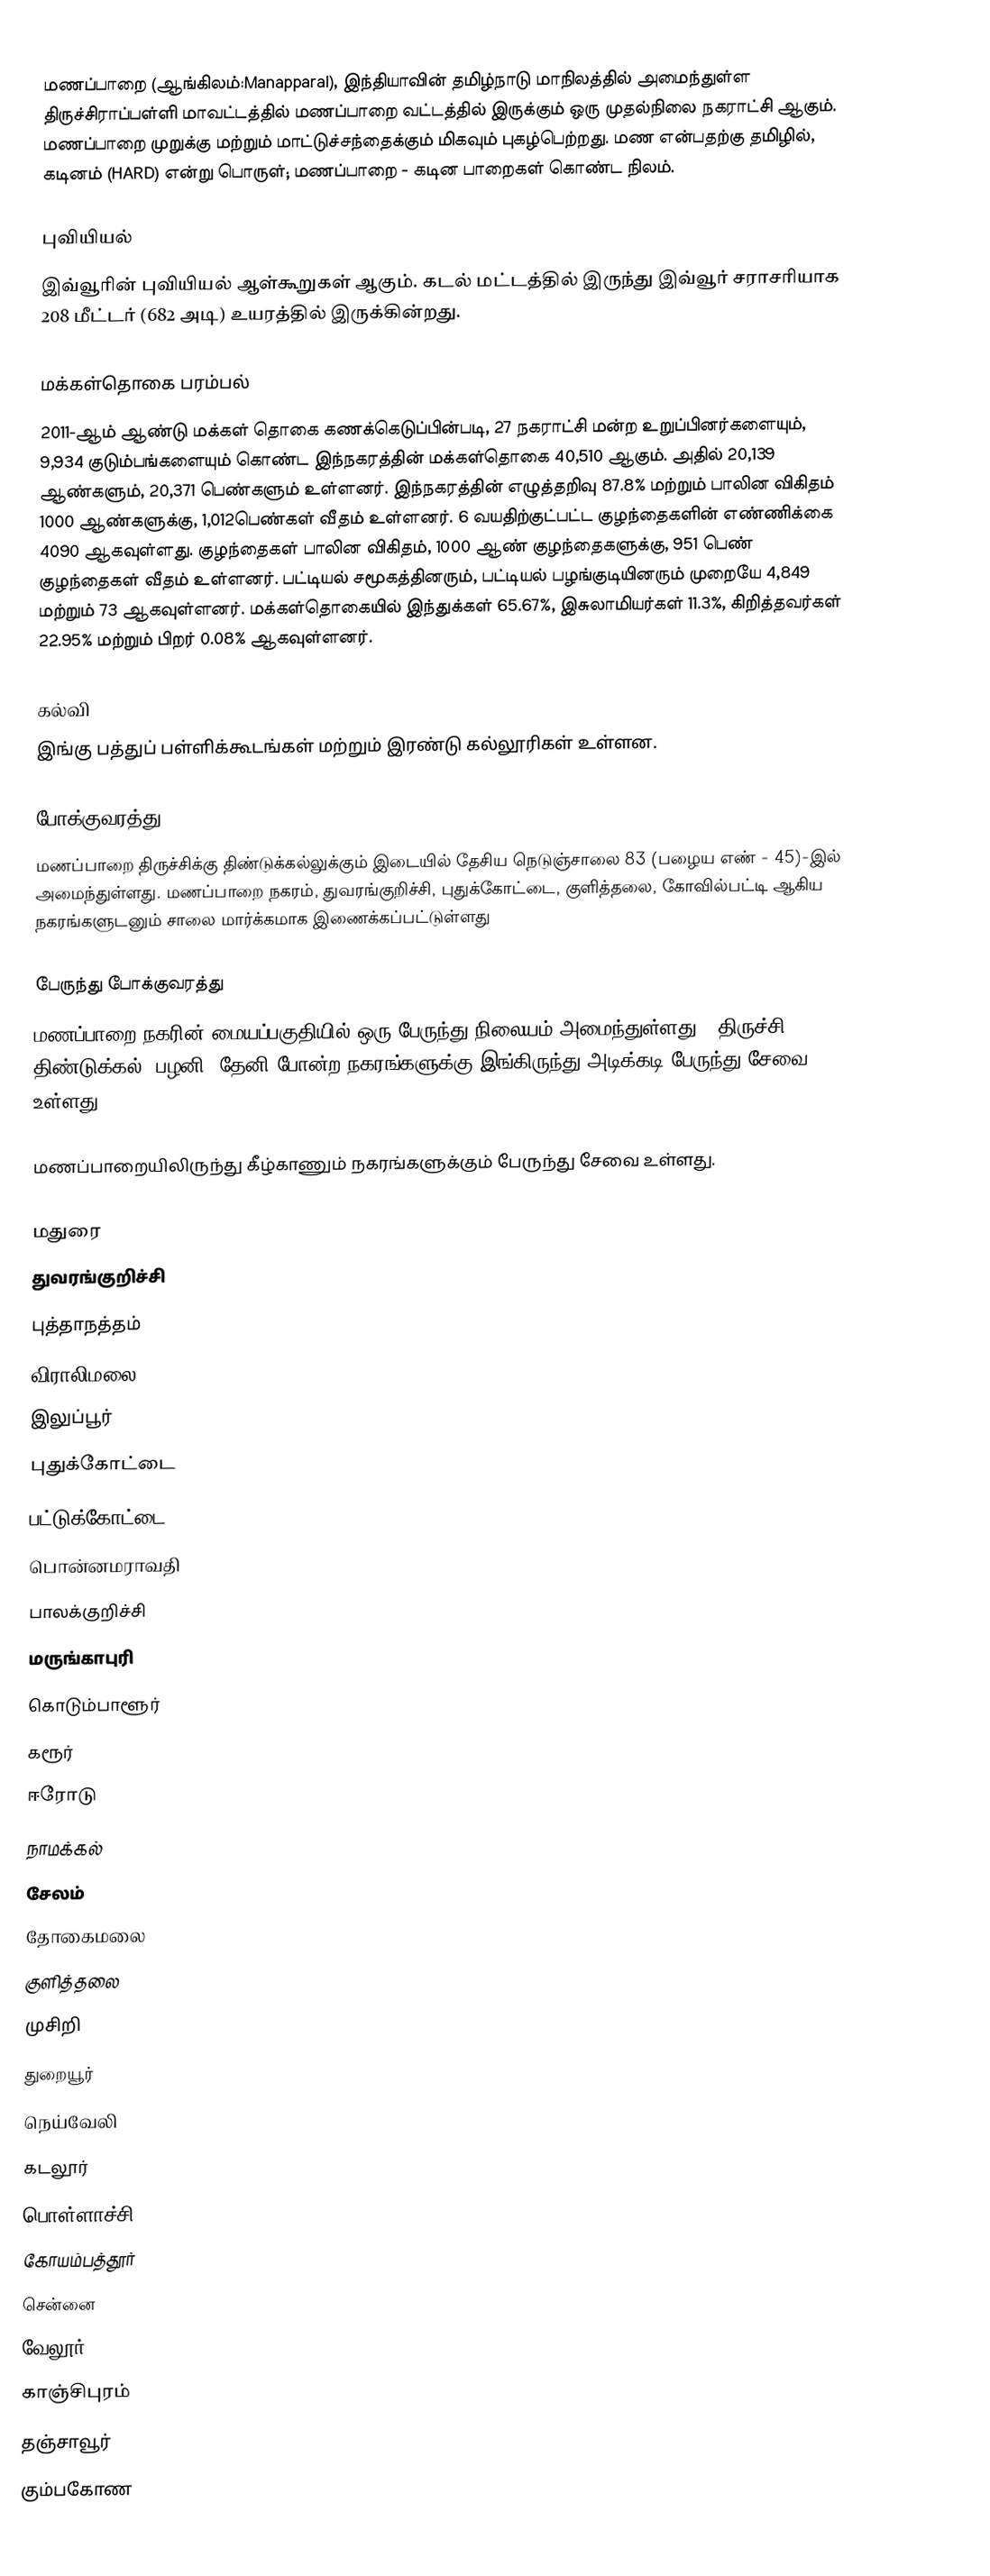
மணப்பாறை (ஆங்கிலம்:Manapparai), இந்தியாவின் தமிழ்நாடு மாநிலத்தில் அமைந்துள்ள திருச்சிராப்பள்ளி மாவட்டத்தில் மணப்பாறை வட்டத்தில் இருக்கும்  ஒரு முதல்நிலை நகராட்சி ஆகும். மணப்பாறை முறுக்கு மற்றும்  மாட்டுச்சந்தைக்கும் மிகவும் புகழ்பெற்றது. மண என்பதற்கு தமிழில், கடினம் (HARD) என்று பொருள்; மணப்பாறை - கடின பாறைகள் கொண்ட நிலம்.

புவியியல்
இவ்வூரின் புவியியல் ஆள்கூறுகள்  ஆகும். கடல் மட்டத்தில் இருந்து இவ்வூர் சராசரியாக 208 மீட்டர் (682 அடி) உயரத்தில் இருக்கின்றது.

மக்கள்தொகை பரம்பல்
2011-ஆம் ஆண்டு மக்கள் தொகை கணக்கெடுப்பின்படி, 27 நகராட்சி மன்ற உறுப்பினர்களையும், 9,934  குடும்பங்களையும் கொண்ட இந்நகரத்தின் மக்கள்தொகை 40,510  ஆகும்.  அதில் 20,139  ஆண்களும், 20,371 பெண்களும் உள்ளனர்.   இந்நகரத்தின் எழுத்தறிவு 87.8%  மற்றும் பாலின விகிதம் 1000 ஆண்களுக்கு, 1,012பெண்கள் வீதம் உள்ளனர். 6 வயதிற்குட்பட்ட குழந்தைகளின் எண்ணிக்கை 4090 ஆகவுள்ளது. குழந்தைகள் பாலின விகிதம்,  1000 ஆண் குழந்தைகளுக்கு, 951  பெண் குழந்தைகள் வீதம் உள்ளனர். பட்டியல் சமூகத்தினரும், பட்டியல் பழங்குடியினரும்  முறையே 4,849  மற்றும் 73 ஆகவுள்ளனர். மக்கள்தொகையில் இந்துக்கள் 65.67%, இசுலாமியர்கள் 11.3%, கிறித்தவர்கள் 22.95%  மற்றும் பிறர் 0.08% ஆகவுள்ளனர்.

கல்வி
இங்கு பத்துப் பள்ளிக்கூடங்கள் மற்றும் இரண்டு கல்லூரிகள் உள்ளன.

போக்குவரத்து
மணப்பாறை திருச்சிக்கு திண்டுக்கல்லுக்கும் இடையில் தேசிய நெடுஞ்சாலை 83 (பழைய எண்  - 45)-இல் அமைந்துள்ளது. மணப்பாறை நகரம், துவரங்குறிச்சி, புதுக்கோட்டை, குளித்தலை, கோவில்பட்டி ஆகிய நகரங்களுடனும் சாலை மார்க்கமாக இணைக்கப்பட்டுள்ளது

பேருந்து போக்குவரத்து
மணப்பாறை நகரின் மையப்பகுதியில் ஒரு பேருந்து நிலையம் அமைந்துள்ளது . திருச்சி, திண்டுக்கல், பழனி, தேனி போன்ற நகரங்களுக்கு இங்கிருந்து அடிக்கடி பேருந்து சேவை உள்ளது.

மணப்பாறையிலிருந்து கீழ்காணும் நகரங்களுக்கும் பேருந்து சேவை உள்ளது.

 மதுரை
 துவரங்குறிச்சி
 புத்தாநத்தம்
 விராலிமலை
 இலுப்பூர்
 புதுக்கோட்டை
 பட்டுக்கோட்டை
 பொன்னமராவதி
 பாலக்குறிச்சி
 மருங்காபுரி
 கொடும்பாளூர்
 கரூர்
 ஈரோடு
 நாமக்கல்
 சேலம்
 தோகைமலை
 குளித்தலை
 முசிறி
 துறையூர்
 நெய்வேலி
 கடலூர்
 பொள்ளாச்சி
 கோயம்பத்தூர்
 சென்னை
 வேலூர்
 காஞ்சிபுரம்
 தஞ்சாவூர்
 கும்பகோண